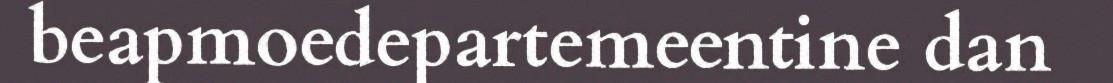
beapmoedepartemeentine dan